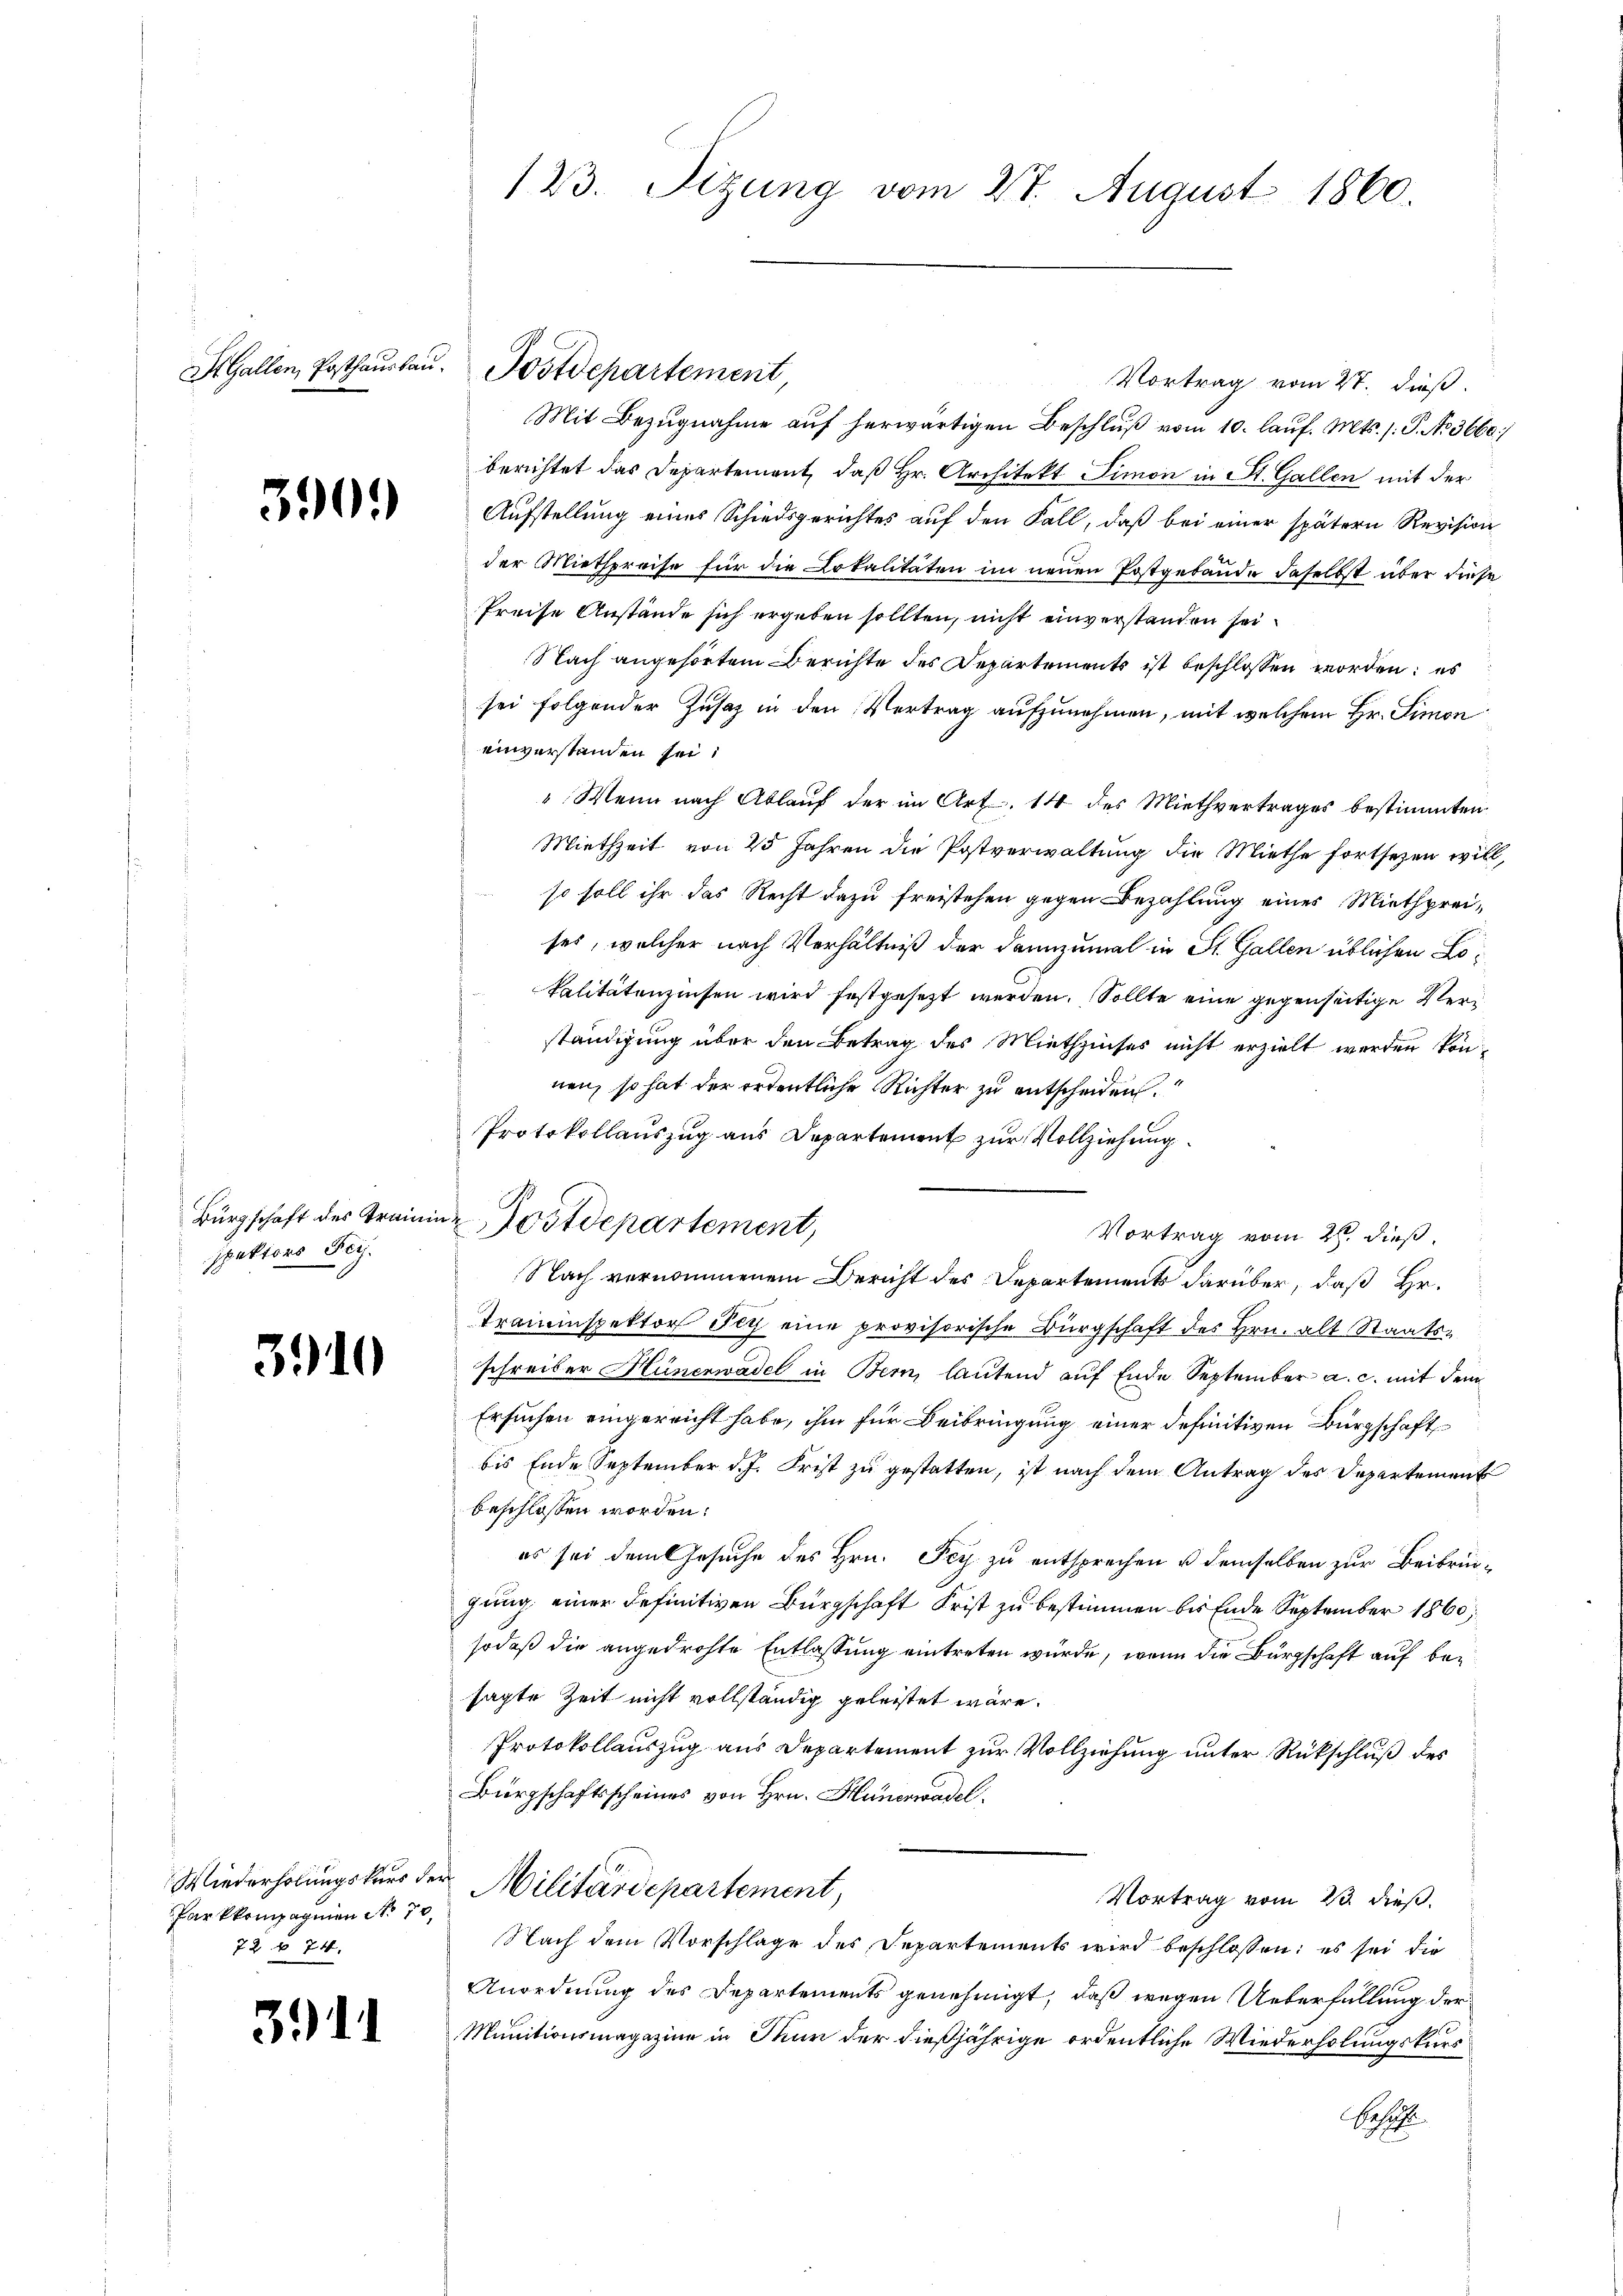
390.

spektors Fei

39

¬

Parkkompagnien No 70.
72 § 74.

3911

Vortrag vom 27. dieß.
Mit Bezugnahme aŭf herwärtigen Beschlŭβ vom 10. laŭf. Mts. /: P. No 3660
berichtet das Departement, daß Hr. Architekt Simon in St. Gallen mit der
Aufstellung eines Schiedsgerichtes auf den Fall, daß bei einer spätern Revision
der Miethpreise für die Lokalitäten im neuen Postgebäude daselbst über diese
Preise Anstände sich ergeben sollten, nicht einverstanden sei.
Nach angehörten Berichte des Departements ist beschlossen worden; es
sei folgender Zusatz in den Vertrag aufzunehmen, mit welchem Hr. Simon
einverstanden sei,
" Wenn nach Ablauf der im Art. 14 des Miethvertrages bestimmten
Miethzeit von 25 Jahren die Postverwaltung die Miethe fortsezen will,
so soll ihr das Recht dazu freistehen gegen Bezahlung eines Miethpreises, welcher nach Verhältniß der dannzumal in St. Gallen üblichen Lokalitätenzinsen wird festgesezt werden. Sollte eine gegenseitige Verständigung über den Betrag des Miethzinses nicht erzielt werden können, so hat der ordentliche Richter zu entscheiden.
Protokollauszug aus Departement zur Vollziehung.
Vortrag vom 26. dieß,
Nach vernommenem Bericht des Departements darüber, daß Hr.
Traminspektor Fey eine provisorische Bürgschaft des Hrn. alt Staatsschreiber Hünerwadel in Bern, lautend auf Ende September a. c. mit dem
Ersuchen eingereicht habe, ihm für Beibringung einer definitiven Bürgschaft
bis Ende September d. J. Frist zu gestatten, ist nach dem Antrag des Departement
beschlossen worden.
es sei dem Gesuche des Hrn. Fey zu entsprechen u demselben zur Beibringung einer definitiven Bürgschaft Frist zu bestimmen bis Ende September 1860,
sodaß die angedrohte Entlassung eintreten würde, wenn die Bürgschaft auf besagte Zeit nicht vollständig geleistet wäre.
Protokollauszug aus Departement zur Vollziehung unter Rückschluß des
Bürgschaftsscheines von Hrn. Hünerwadel
Wiederholungskurs der Militärdepartement,
Vortrag vom 23. dieß.
Nach dem Vorschlage des Departements wird beschlossen: es sei die
Anordnung des Departements genehmigt, daß wegen Ueberfüllung der
Munitionsmagazine in Thun der dießjährige ordentliche Wiederholungskurs
Beschl

123. Sizung vom 27. August 1860.

St. Gallen, Posthausbau. Postdepartement

Bürgschaft des Trainin Wostdepartement,